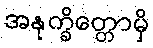
အနုက္ခိတ္တောမှိ